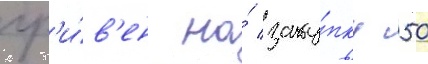
гр'и́в'ен на́ заку́пку 50